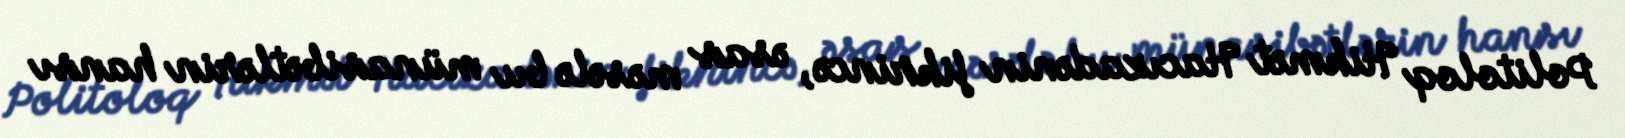
Politoloq Hikmət Hacızadənin fikrincə, əsas məsələ bu münasibətlərin hansı